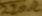
Text: 220Ω